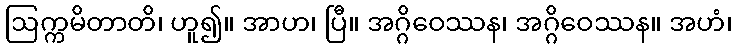
ဩက္ကမိတာတိ၊ ဟူ၍။ အာဟ၊ ပြီ။ အဂ္ဂိဝေဿန၊ အဂ္ဂိဝေဿန။ အဟံ၊